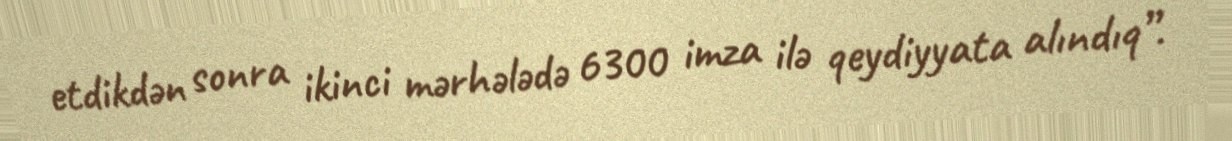
etdikdən sonra ikinci mərhələdə 6300 imza ilə qeydiyyata alındıq”.